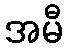
အမီ